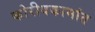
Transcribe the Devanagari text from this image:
कोरीवकामांत